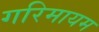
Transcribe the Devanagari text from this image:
गरिमायम